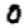
Digit: 0